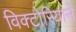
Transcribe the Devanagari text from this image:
विक्टोरियाने